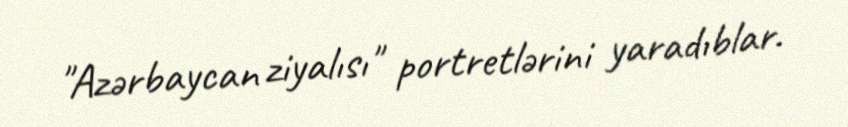
"Azərbaycan ziyalısı" portretlərini yaradıblar.